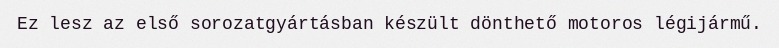
Ez lesz az első sorozatgyártásban készült dönthető motoros légijármű.